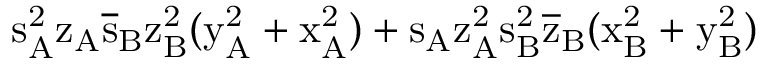
\mathrm { s _ { A } ^ { 2 } \mathrm { z _ { A } \mathrm { \overline { { s } } _ { B } \mathrm { z _ { B } ^ { 2 } ( \mathrm { y _ { A } ^ { 2 } + \mathrm { x _ { A } ^ { 2 } ) + \mathrm { s _ { A } \mathrm { z _ { A } ^ { 2 } \mathrm { s _ { B } ^ { 2 } \mathrm { \overline { { z } } _ { B } ( \mathrm { x _ { B } ^ { 2 } + \mathrm { y _ { B } ^ { 2 } ) } } } } } } } } } } } }